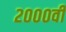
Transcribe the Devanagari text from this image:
२०००वीं